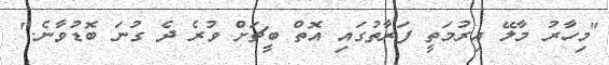
"މިހާރު މާލޭ އިރުމަތީ ފަރާތުގައި އޮތް ބީޗަށް ވުރެ ދެ ގުނަ ބޮޑުވާނެ."